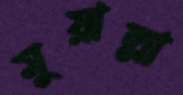
মুয়াল্লা